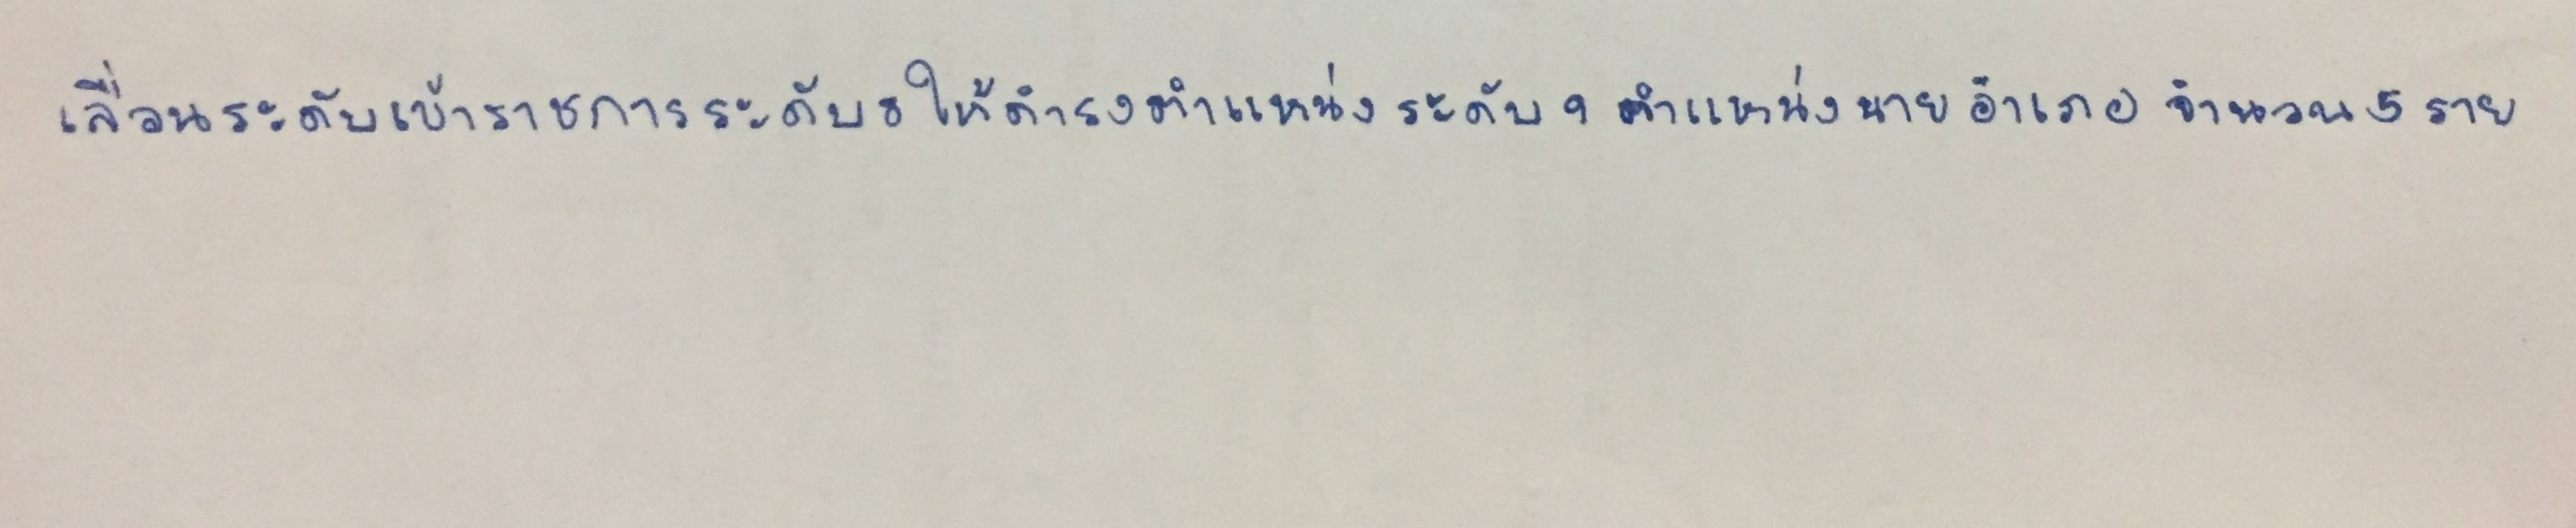
เลื่อนระดับข้าราชการระดับ8ให้ดำรงตำแหน่งระดับ9ตำแหน่งนายอำเภอจำนวน5ราย